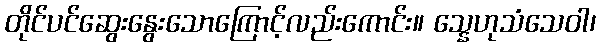
တိုင်ပင်ဆွေးနွေးသောကြောင့်လည်းကောင်း။ သ္နေဟုသံသေဝါ၊